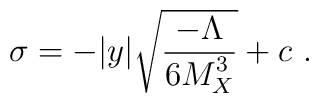
\sigma =  -|y| \sqrt{{{- {\Lambda}} \over\displaystyle {6 M_X^3}}} + c~.~\,